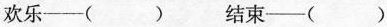
欢乐—（ ） 结束—（ ）